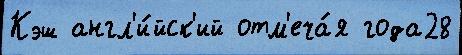
Кэш англ'и́йск'ий отм'еча́я года28